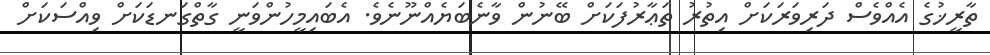
ތާރީޚުގެ އެއްވެސް ދަރިވަރަކަށް އިތުރު ތަޢާރުފަކަށް ބޭނުން ވާނެބަޔެއްނޫނެވެ. އެބައިމީހުންވަނީ ގާތްގަނޑަކަށް ވިއްސަކަށް